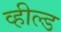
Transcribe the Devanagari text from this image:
व्हील्ड